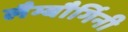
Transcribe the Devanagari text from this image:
लैम्बौर्गिनी